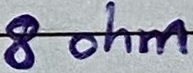
Text: 8 ohm